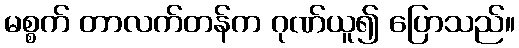
မစ္စက် တာလက်တန်က ဂုဏ်ယူ၍ ပြောသည်။